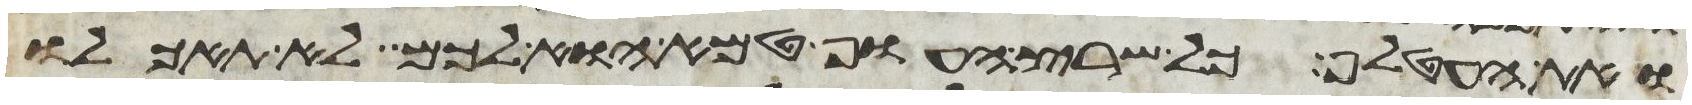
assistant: ואת העטלף כל שרץ העוף טמא הוא לכם לא תאכלו